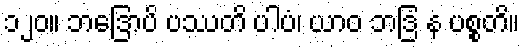
၁၂၀။ ဘဒြောပိ ပဿတိ ပါပံ၊ ယာဝ ဘဒြံ န ပစ္စတိ။